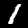
Label: 1